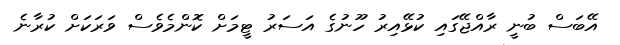
އޭބަސް ބުނީ ރާއްޖޭގައި ކުޅޭއިރު ހޫނުގެ އަސަރު ޓީމަށް ކޮންމެވެސް ވަރަަކަށް ކުރާނެ